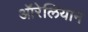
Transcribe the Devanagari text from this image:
ऑरेलियान